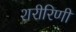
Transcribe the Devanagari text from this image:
शरीरिणी